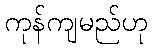
ကုန်ကျမည်ဟု